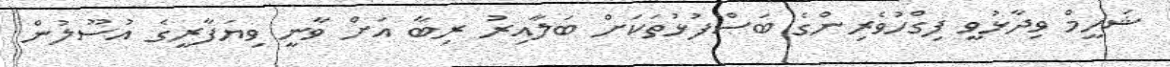
ޝަހީމް ވިދާޅުވީ ފިގްހުވެރިންގެ ބަސްފުޅުތަކަށް ބަލާއިރު ރިބާ އަށް ވާނީ ވިޔަފާރީގެ އުސޫލުން